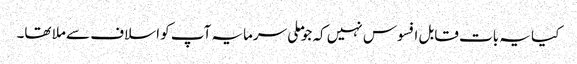
کیا یہ بات قابل افسوس نہیں کہ جو ملی سرمایہ آپ کو اسلاف سے ملا تھا۔